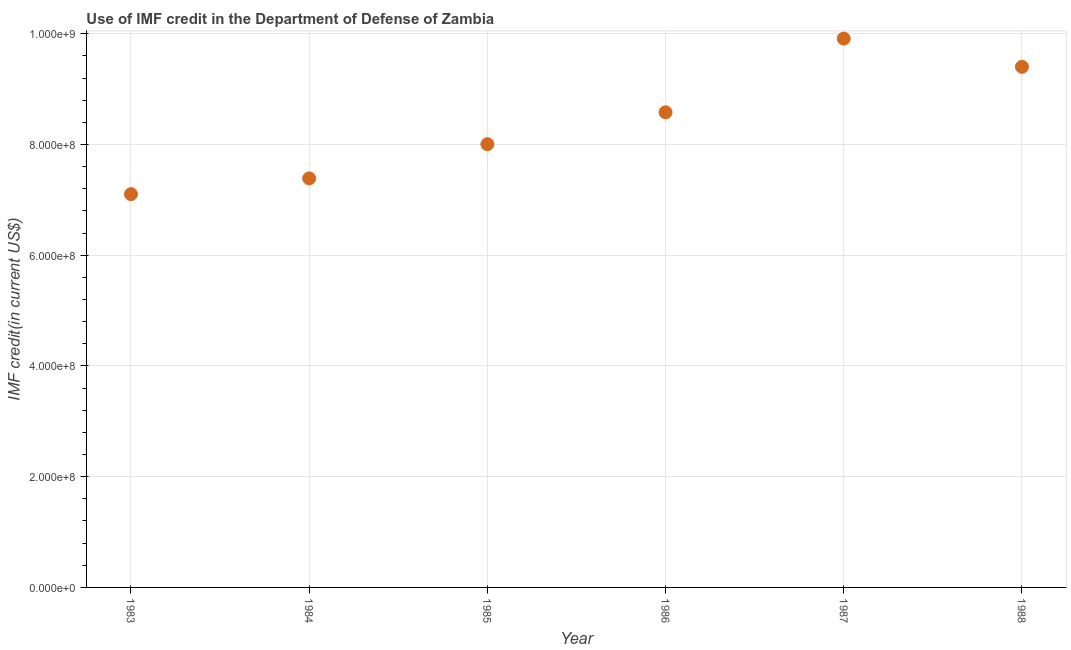
| Year | Use of IMF credit (DOD |
 | --- | --- |
 | 1983 | 7.1e+08 |
 | 1984 | 7.39e+08 |
 | 1985 | 8.01e+08 |
 | 1986 | 8.58e+08 |
 | 1987 | 9.91e+08 |
 | 1988 | 9.4e+08 |